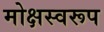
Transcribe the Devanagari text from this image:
मोक्षस्वरूप